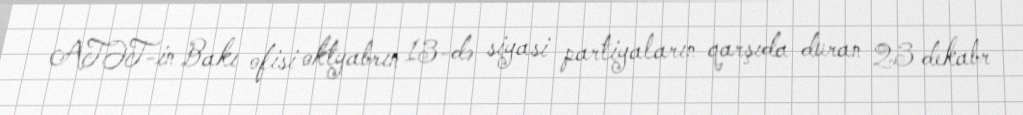
ATƏT-in Bakı ofisi oktyabrın 13-də siyasi partiyaların qarşıda duran 23 dekabr